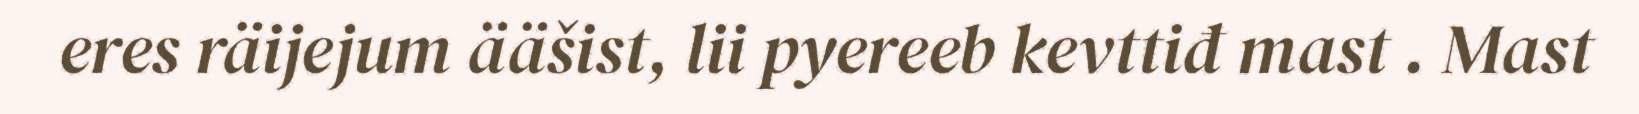
eres räijejum ääšist, lii pyereeb kevttiđ mast . Mast